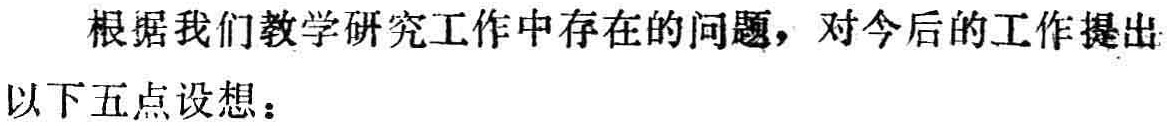
根据我们教学研究工作中存在的问题，对今后的工作提出以下五点设想：